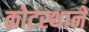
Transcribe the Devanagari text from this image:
कोटस्थाने